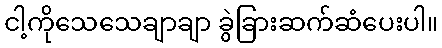
ငါ့ကိုသေသေချာချာ ခွဲခြားဆက်ဆံပေးပါ။